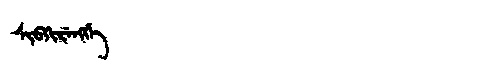
Manchu: ᠰᡳᠪᡴᡳᡵᡝᠩᡤᡝ
Romanization: SIBKIRENGGE